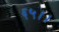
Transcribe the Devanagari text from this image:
६५।।